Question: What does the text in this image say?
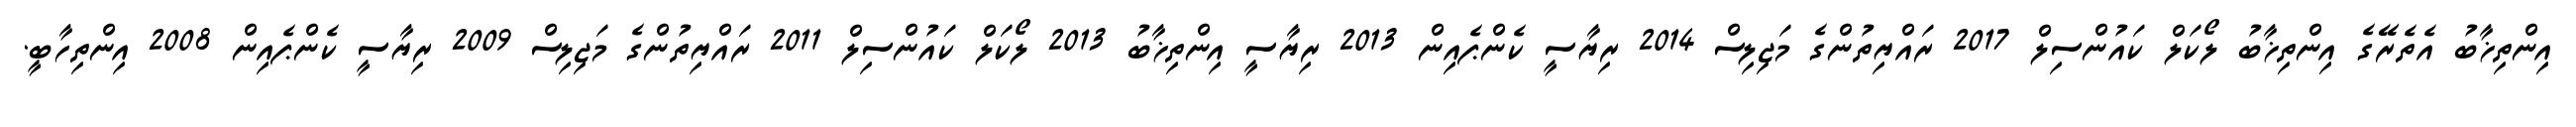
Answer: އިންތިޚާބު އެތެރޭގެ އިންތިޚާބު ލޯކަލް ކައުންސިލް 2017 ރައްޔިތުންގެ މަޖިލިސް 2014 ރިޔާސީ ކެންޕެއިން 2013 ރިޔާސީ އިންތިޚާބު 2013 ލޯކަލް ކައުންސިލް 2011 ރައްޔިތުންގެ މަޖިލިސް 2009 ރިޔާސީ ކެންޕެއިން 2008 އިންތިހާބީ.